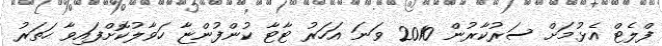
ފްލެޓް އެޅުމަށް ސަރުކާރުން 2010 ވަނަ އަހަރު ޓާޓާ ކުންފުންޏާ ހަވާލުކޮށްފައިވާ ހަތަރު